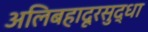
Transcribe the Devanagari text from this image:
अलिबहादूरसुद्धा